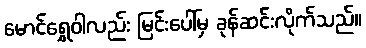
မောင်ရွှေဝါလည်း မြင်းပေါ်မှ ခုန်ဆင်းလိုက်သည်။